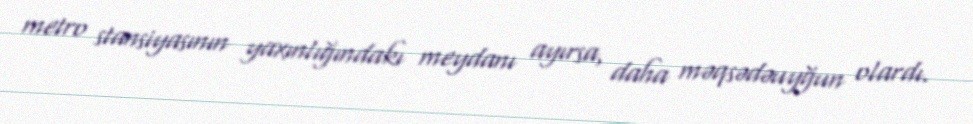
metro stansiyasının yaxınlığındakı meydanı ayırsa, daha məqsədəuyğun olardı.